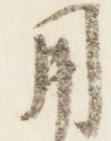
用